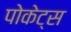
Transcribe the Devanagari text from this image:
पोकेट्स